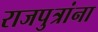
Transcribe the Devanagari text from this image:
राजपुत्रांना